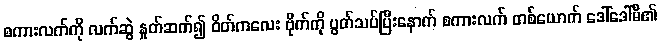
စကားလက်ကို လက်ဆွဲ နှုတ်ဆက်၍ ဝိတ်ကလေး ဗိုက်ကို ပွတ်သပ်ပြီးနောက် စကားလက် တစ်ယောက် ဒေါ်ဒေါ်မိ၏